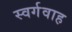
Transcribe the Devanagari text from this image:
स्वर्गवाह